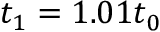
t _ { 1 } = 1 . 0 1 t _ { 0 }